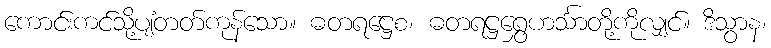
ကောင်းကင်သို့ပျံတတ်ကုန်သော။ ဓတရဋ္ဌေစ၊ ဓတရဋ္ဌရွှေဟင်္သာတို့ကိုလျှင်။ ဒိသွာန၊